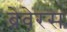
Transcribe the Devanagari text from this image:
ब्रेवेरस